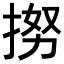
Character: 𢭵